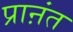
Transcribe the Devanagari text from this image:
प्राऩंत